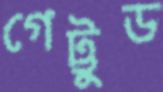
গেট্টুড